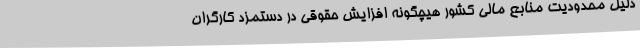
دلیل محدودیت منابع مالی کشور هیچگونه افزایش حقوقی در دستمزد کارگران